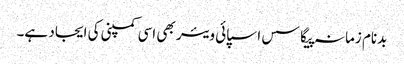
بدنام زمانہ پیگاسس اسپائی ویئر بھی اسی کمپنی کی ایجاد ہے۔